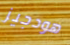
هودجيز